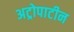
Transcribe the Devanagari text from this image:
अट्रोपाटीन